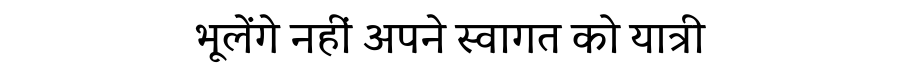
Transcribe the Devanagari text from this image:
भूलेंगे नहीं अपने स्वागत को यात्री